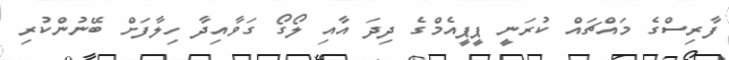
ފާރިސްގެ މައްޗައް ކުރަނީ ޕީޕީއެމްގެ ދިދަ އާއި ލޯގޯ ގަވާއިދާ ހިލާފަށް ބޭނުންކުރި